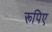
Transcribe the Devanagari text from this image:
रूपिए